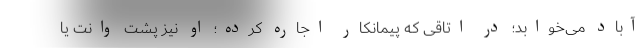
آباد می‌خوابد؛ در اتاقی که پیمانکار اجاره کرده؛ او نیز پشت وانت یا